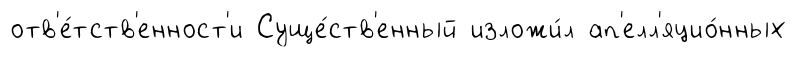
отв'е́тств'енност'и Суще́ств'енный изложи́л ап'елл'яцио́нных